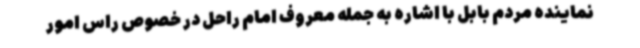
نماینده مردم بابل با اشاره به جمله معروف امام راحل در خصوص راس امور